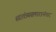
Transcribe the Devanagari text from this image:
स्वातंत्र्यसमारानंतर